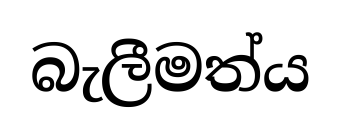
බැලීමත්ය